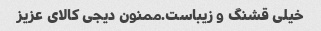
خیلی قشنگ و زیباست.ممنون دیجی کالای عزیز